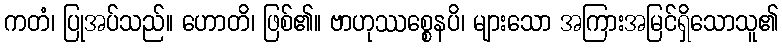
ကတံ၊ ပြုအပ်သည်။ ဟောတိ၊ ဖြစ်၏။ ဗာဟုဿစ္စေနပိ၊ များသော အကြားအမြင်ရှိသောသူ၏